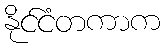
နိုင်ငံတကာက